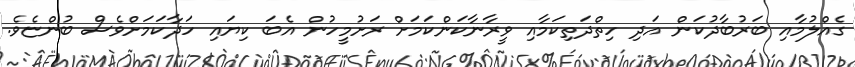
ގެއްލުމާއި ބަރުބާދުކަން އަދި ހިތްދަތިކަމާއި ވީރާނާކަންކަމަށް ރަށުމީހުން އެބަ ކިޔައި ހަދާކަމަށްވެސް ބުންޏެވެ.